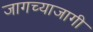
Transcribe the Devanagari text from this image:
जागच्याजागी